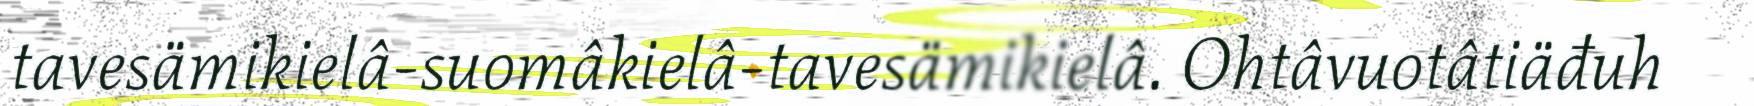
tavesämikielâ-suomâkielâ-tavesämikielâ. Ohtâvuotâtiäđuh